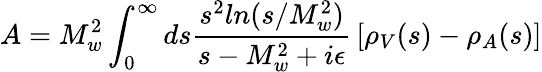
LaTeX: A=M_{w}^{2}\int_{0}^{\infty}ds{\frac{s^{2}ln(s/M_{w}^{2})}{s-M_{w}^{2}+i\epsilon}}\left[\rho_{V}(s)-\rho_{A}(s)\right]